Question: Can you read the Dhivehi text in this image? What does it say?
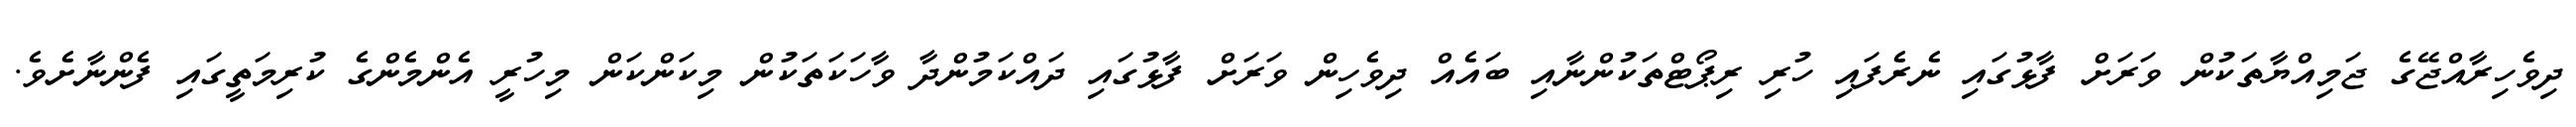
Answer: ދިވެހިރާއްޖޭގެ ޖަމިއްޔާތަކުން ވަރަށް ފާޅުގައި ނެރެފައި ހުރި ރިޕޯޓްތަކުންނާއި ބައެއް ދިވެހިން ވަރަށް ފާޅުގައި ދައްކަމުންދާ ވާހަކަތަކުން މިކަންކަން މިހުރީ އެންމެންގެ ކުރިމަތީގައި ފެންނާށެވެ.